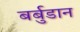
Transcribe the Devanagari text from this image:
बर्बुडान